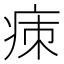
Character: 㾊